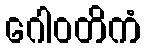
ဂေါဝတိကံ